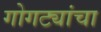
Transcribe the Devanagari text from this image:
गोगट्यांचा